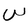
Character: W